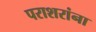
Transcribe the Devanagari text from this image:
पराशरांना